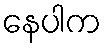
နေပါက